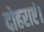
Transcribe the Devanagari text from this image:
दोहराएं।